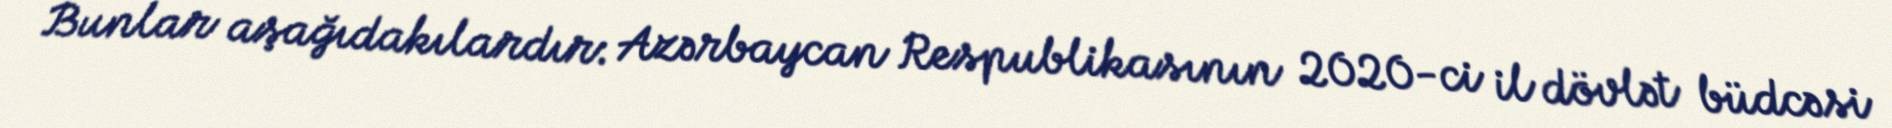
Bunlar aşağıdakılardır: Azərbaycan Respublikasının 2020-ci il dövlət büdcəsi